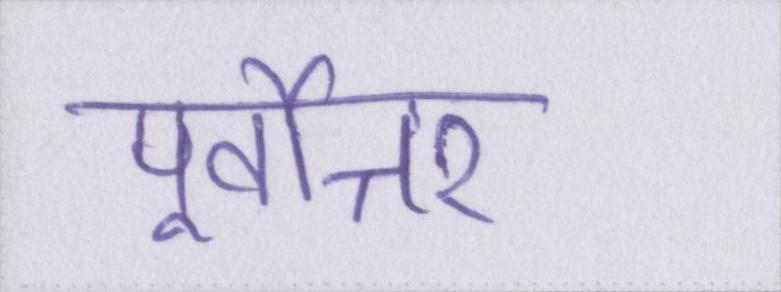
पूर्वोत्तर